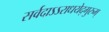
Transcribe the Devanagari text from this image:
सर्वदाऽऽराधयेद्गुरुम्